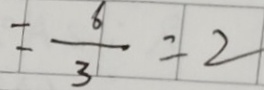
= \frac { 6 } { 3 } = 2